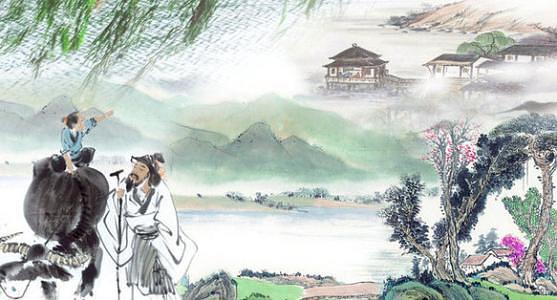
年年岁岁望中秋，岁岁年年雾雨愁。